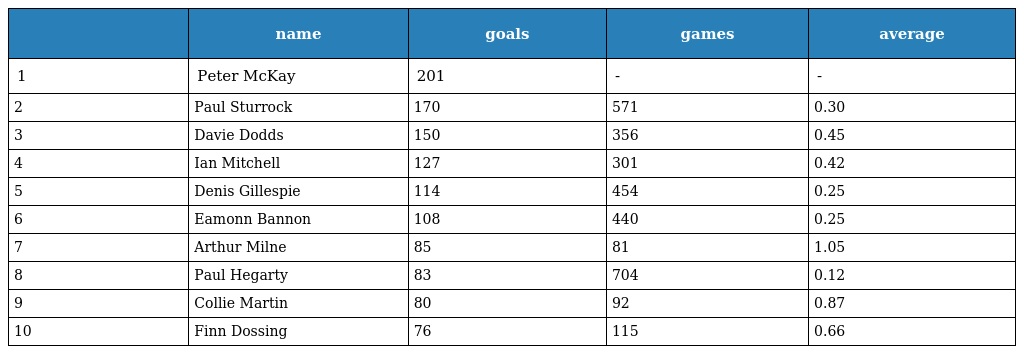
|  | name | goals | games | average |
 | --- | --- | --- | --- | --- |
 | 1 | Peter McKay | 201 | - | - |
 | 2 | Paul Sturrock | 170 | 571 | 0.30 |
 | 3 | Davie Dodds | 150 | 356 | 0.45 |
 | 4 | Ian Mitchell | 127 | 301 | 0.42 |
 | 5 | Denis Gillespie | 114 | 454 | 0.25 |
 | 6 | Eamonn Bannon | 108 | 440 | 0.25 |
 | 7 | Arthur Milne | 85 | 81 | 1.05 |
 | 8 | Paul Hegarty | 83 | 704 | 0.12 |
 | 9 | Collie Martin | 80 | 92 | 0.87 |
 | 10 | Finn Dossing | 76 | 115 | 0.66 |